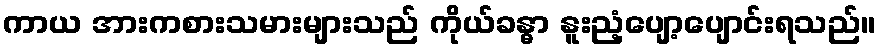
ကာယ အားကစားသမားများသည် ကိုယ်ခန္ဓာ နူးညံ့ပျော့ပျောင်းရသည်။